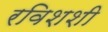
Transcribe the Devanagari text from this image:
रविशशी